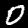
Label: 0